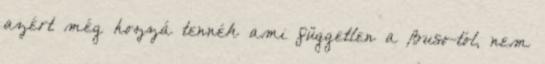
azért még hozzá tennék ami független a Buso-tól, nem